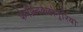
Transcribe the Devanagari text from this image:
फेनील्यकेटोनुरिया